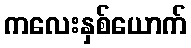
ကလေးနှစ်ယောက်